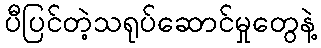
ပီပြင်တဲ့သရုပ်ဆောင်မှုတွေနဲ့